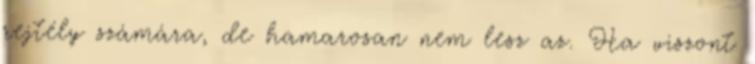
rejtély számára, de hamarosan nem lesz az. Ha viszont